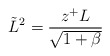
\begin{align*}\tilde{L}^2 = \frac{ z^{+} L}{\sqrt{1+\beta}}\end{align*}